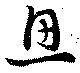
思